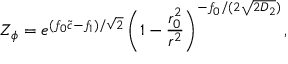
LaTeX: Z _ { \phi } = e ^ { ( f _ { 0 } \tilde { c } - f _ { 1 } ) / \sqrt { 2 } } \left( 1 - \frac { r _ { 0 } ^ { 2 } } { r ^ { 2 } } \right) ^ { - f _ { 0 } / ( 2 \sqrt { 2 D _ { 2 } } ) } ,